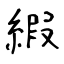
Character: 縀